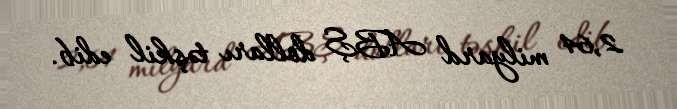
2,64 milyard ABŞ dolları təşkil edib.